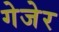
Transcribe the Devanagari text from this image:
गेजेर